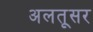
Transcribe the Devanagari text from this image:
अलतूसर